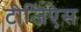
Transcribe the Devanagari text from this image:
टीजिऐस